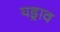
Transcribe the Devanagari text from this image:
यड्राव